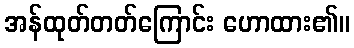
အန်ထုတ်တတ်ကြောင်း ဟောထား၏။